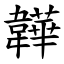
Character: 韡